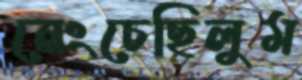
নেংচেছিলুম